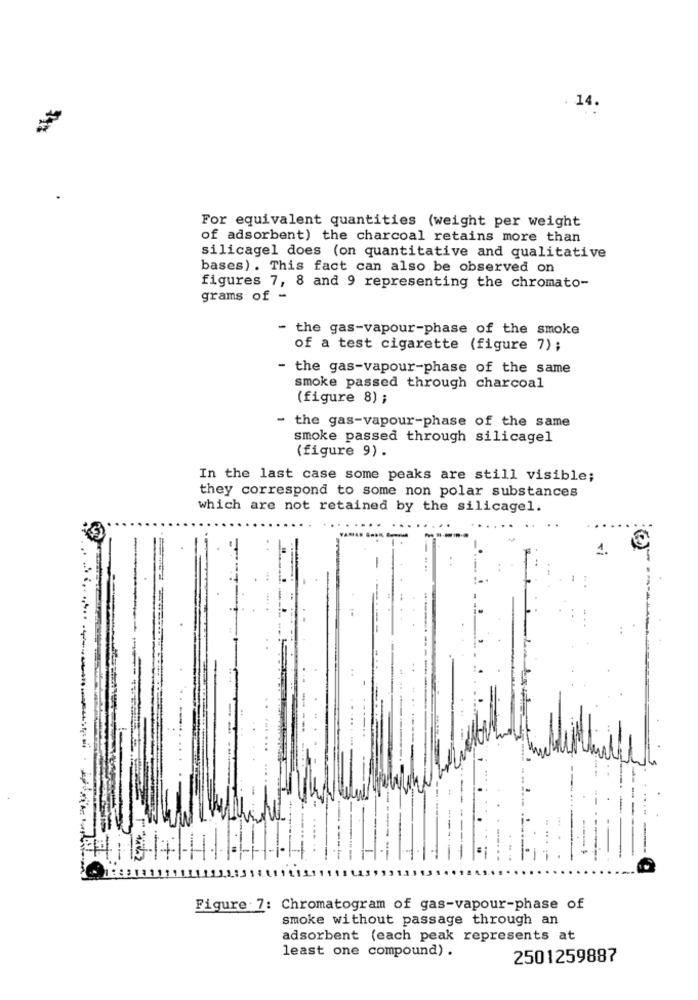
. 14.
For equivalent quantities (weight per weight
of adsorbent) the charcoal retains more than
silicagel does (on quantitative and qualitative
bases) . This fact can also be observed on
figures 7, 8 and 9 representing the chromato-
grams of -
- the gas-vapour-phase of the smoke
of a test cigarette (figure 7);
- the gas-vapour-phase of the same
smoke passed through charcoal
(figure 8) ;
the gas-vapour-phase of the same
smoke passed through silicagel
(figure 9) .
In the last case some peaks are still visible;
they correspond to some non polar substances
which are not retained by the silicagel.
13.3 13
1115L
Figure : 7: Chromatogram of gas-vapour-phase of
smoke without passage through an
adsorbent (each peak represents at
least one compound) .
2501259887